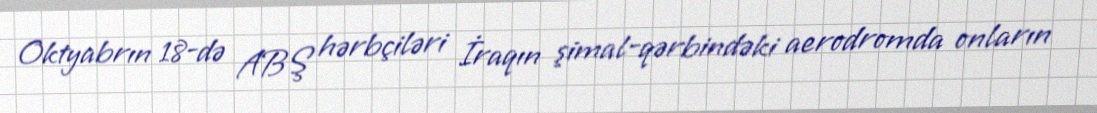
Oktyabrın 18-də ABŞ hərbçiləri İraqın şimal-qərbindəki aerodromda onların